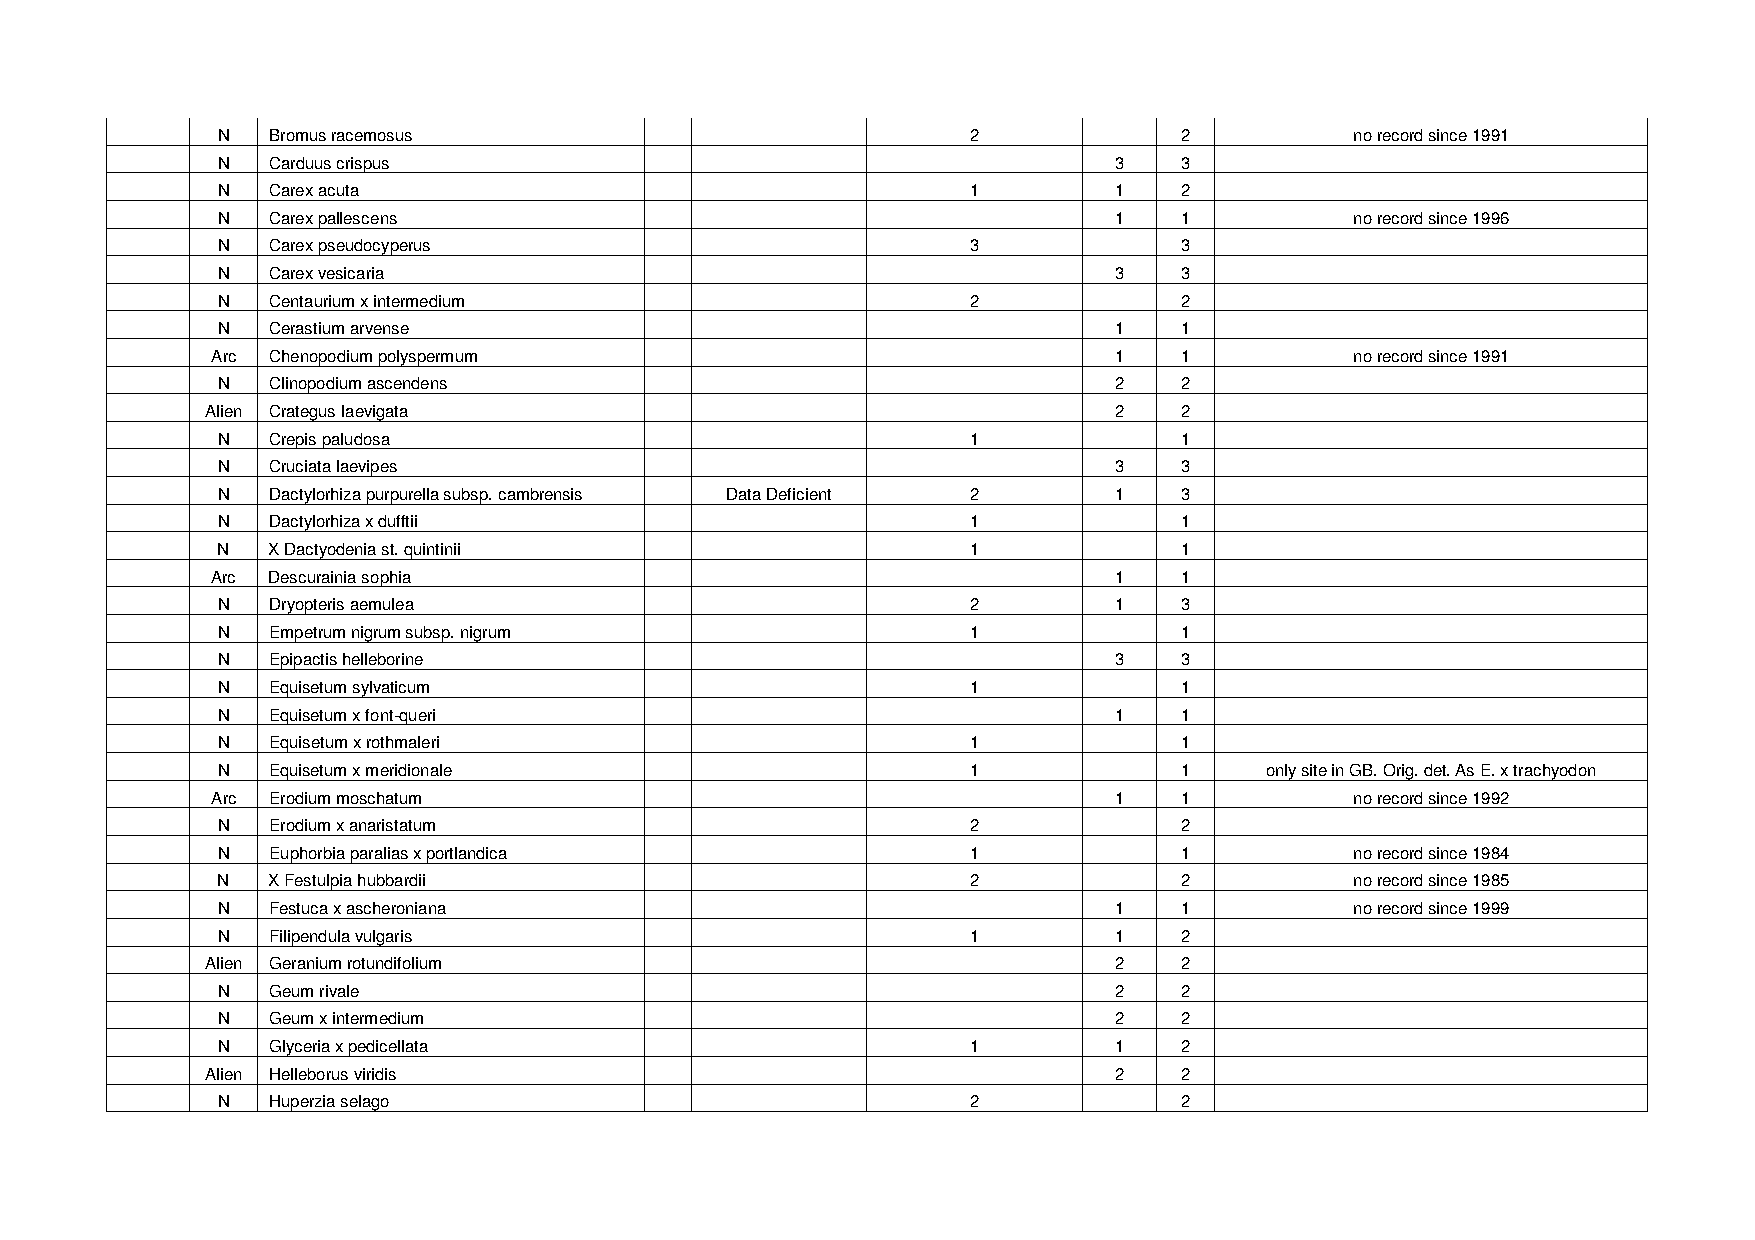
N   Bromus racemosus                              2             2           no record since 1991
 N   Carduus crispus                                         3   3
 N   Carex acuta                                   1         1   2
 N   Carex pallescens                                        1   1           no record since 1996
 N   Carex pseudocyperus                           3             3
 N   Carex vesicaria                                         3   3
 N   Centaurium x intermedium                      2             2
 N   Cerastium arvense                                       1   1
 Arc Chenopodium polyspermum                                 1   1           no record since 1991
 N   Clinopodium ascendens                                   2   2
 Alien Crategus laevigata                                    2   2
 N   Crepis paludosa                               1             1
 N   Cruciata laevipes                                       3   3
 N   Dactylorhiza purpurella subsp. cambrensis Data Deficient 2 1 3
 N   Dactylorhiza x dufftii                        1             1
 N   X Dactyodenia st. quintinii                   1             1
 Arc Descurainia sophia                                      1   1
 N   Dryopteris aemulea                            2         1   3
 N   Empetrum nigrum subsp. nigrum                 1             1
 N   Epipactis helleborine                                   3   3
 N   Equisetum sylvaticum                          1             1
 N   Equisetum x font-queri                                  1   1
 N   Equisetum x rothmaleri                        1             1
 N   Equisetum x meridionale                       1             1     only site in GB. Orig. det. As E. x trachyodon
 Arc Erodium moschatum                                       1   1           no record since 1992
 N   Erodium x anaristatum                         2             2
 N   Euphorbia paralias x portlandica              1             1           no record since 1984
 N   X Festulpia hubbardii                         2             2           no record since 1985
 N   Festuca x ascheroniana                                  1   1           no record since 1999
 N   Filipendula vulgaris                          1         1   2
 Alien Geranium rotundifolium                                2   2
 N   Geum rivale                                             2   2
 N   Geum x intermedium                                      2   2
 N   Glyceria x pedicellata                        1         1   2
 Alien Helleborus viridis                                    2   2
 N   Huperzia selago                               2             2